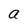
Character: a